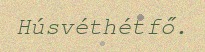
Húsvéthétfő.